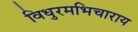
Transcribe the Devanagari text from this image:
विधुरमभिचाराय